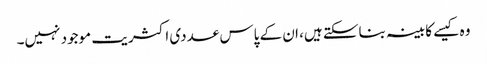
وہ کیسے کابینہ بناسکتے ہیں، ان کے پاس عددی اکثریت موجود نہیں۔